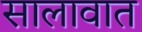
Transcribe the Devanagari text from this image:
सालावात